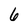
Character: 6